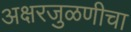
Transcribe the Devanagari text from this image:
अक्षरजुळणीचा